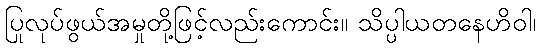
ပြုလုပ်ဖွယ်အမှုတို့ဖြင့်လည်းကောင်း။ သိပ္ပါယတနေဟိဝါ၊